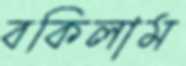
বকিলাম